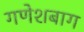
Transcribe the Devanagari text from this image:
गणेशबाग